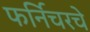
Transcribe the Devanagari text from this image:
फर्निचरचे